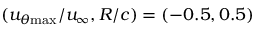
( u _ { \theta \mathrm { { m a x } } } / u _ { \infty } , R / c ) = ( - 0 . 5 , 0 . 5 )